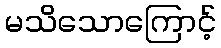
မသိသောကြောင့်